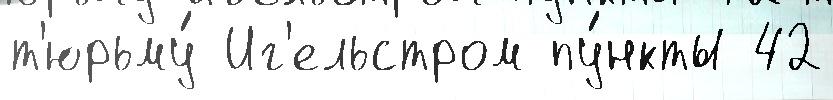
т'юрьму́ Иг'ельстром пу́нкты 42